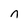
Character: n